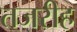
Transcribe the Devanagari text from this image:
तजरीह